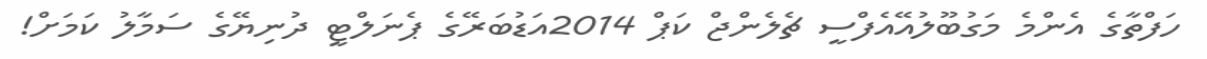
ހަފްތާގެ އެންމެ މަގުބޫލުއޭއެފްސީ ޗެލެންޖް ކަޕް 2014އަޑުބަރޭގެ ޕެނަލްޓީ ދުނިޔޭގެ ސަމާލު ކަމަށް!